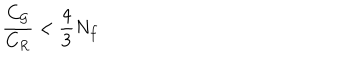
LaTeX: \frac { C _ { \cal G } } { C _ { R } } < \frac { 4 } { 3 } N _ { f }